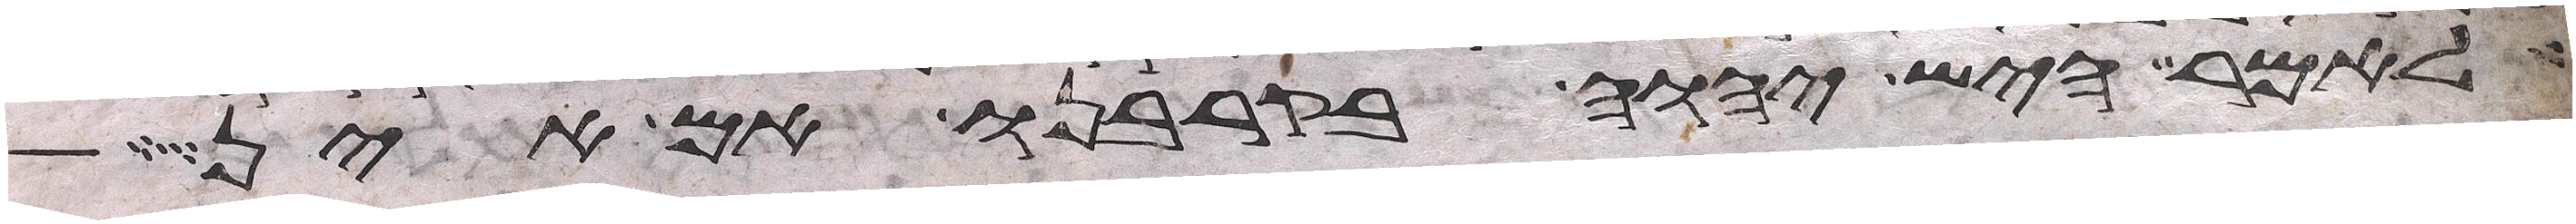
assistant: לאמר היש יהוה בקרבנו אם אין